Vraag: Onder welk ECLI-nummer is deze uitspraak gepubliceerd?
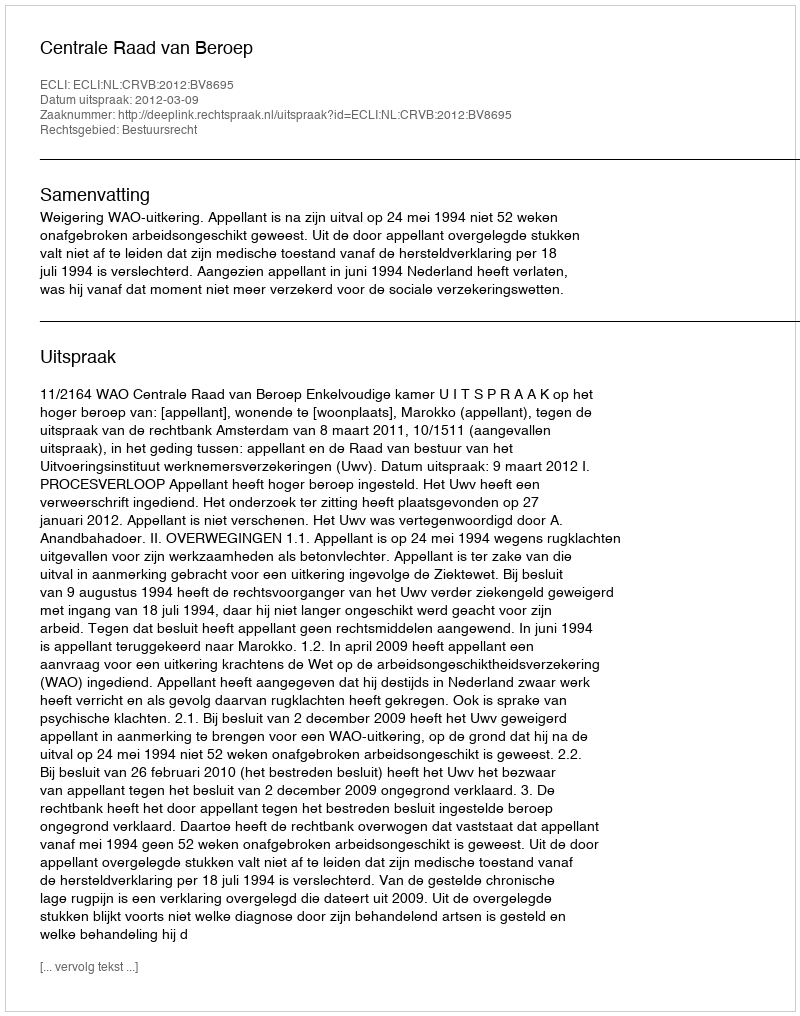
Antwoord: ECLI:NL:CRVB:2012:BV8695